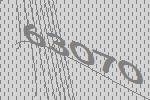
63070